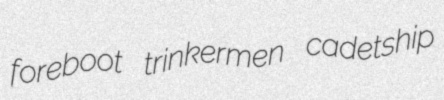
foreboot trinkermen cadetship